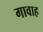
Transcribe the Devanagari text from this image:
गावाह